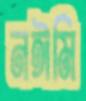
নঈমি